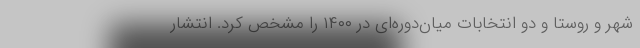
شهر و روستا و دو انتخابات میان‌دوره‌ای در ۱۴۰۰ را مشخص کرد. انتشار